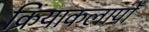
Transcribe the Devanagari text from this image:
क्रियाकलापोँ